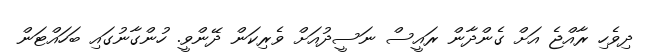
ދިވެހި ރާއްޖެ އަށް ގެންދާން ރައީސް ނަސީދުއަށް ވެރިކަން ދޭންވީ. ހުންގާނުގައި ބަހައްޓަން